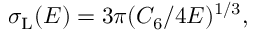
\sigma _ { \mathrm { L } } ( E ) = 3 \pi ( C _ { 6 } / 4 E ) ^ { 1 / 3 } ,